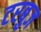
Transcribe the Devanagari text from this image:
टरबुज